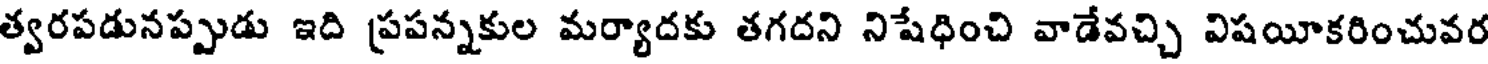
త్వరపడునప్పుడు ఇది ప్రపన్నకుల మర్యాదకు తగదని నిషేధించి వాడేవచ్చి విషయీకరించువర